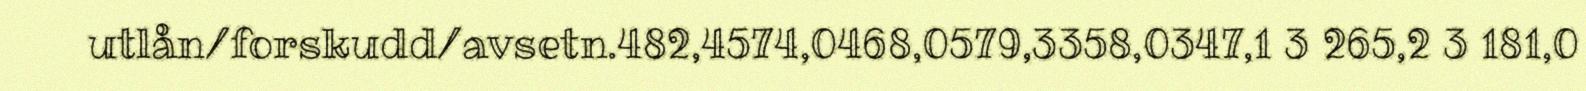
utlån/forskudd/avsetn.482,4574,0468,0579,3358,0347,1 3 265,2 3 181,0